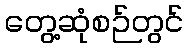
တွေ့ဆုံစဉ်တွင်